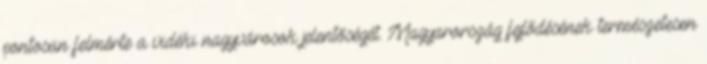
pontosan felmérte a vidéki nagyvárosok jelentőségét. Magyarország fejlődésének természetesen